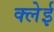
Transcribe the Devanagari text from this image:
क्लेई